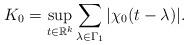
LaTeX: \begin{align*} K_0 = \sup_{t\in \mathbb{R}^k} \sum_{\lambda\in \Gamma_1} |\chi_0(t-\lambda)|. \end{align*}